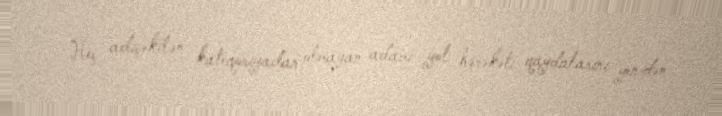
Heç adıçəkilən kateqoriyadan olmayan adamı yol hərəkəti qaydalarını yenidən